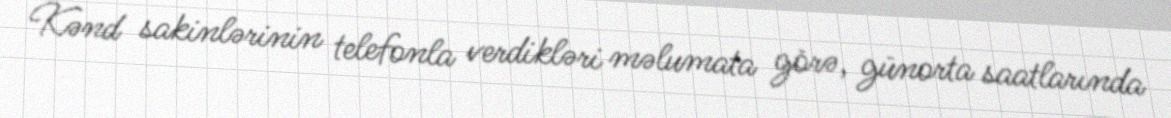
Kənd sakinlərinin telefonla verdikləri məlumata görə, günorta saatlarında